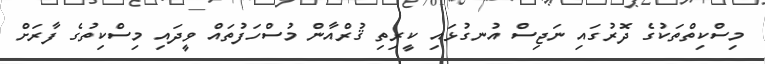
މިސްކިތްތަކުގެ ދޮރުގައި ނަޖިސް އުނގުޅައި ކީރިތި ޤުރްއާން މުސްހަފުތައް ވީދައި މިސްކިތުގެ ފާރަށް